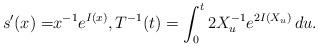
LaTeX: \begin{align*}s'(x) = &x^{-1} e^{I(x)} ,T^{-1}(t) = \int_{0}^t 2 X_{u}^{-1}e^{2 I(X_u)} \, du.\end{align*}